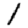
Digit: 1